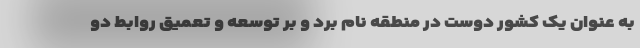
به عنوان یک کشور دوست در منطقه نام برد و بر توسعه و تعمیق روابط دو